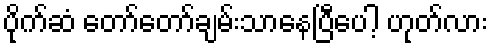
ပိုက်ဆံ တော်တော်ချမ်းသာနေပြီပေါ့ ဟုတ်လား